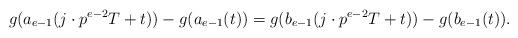
LaTeX: \begin{align*}g(a_{e-1}(j\cdot p^{e-2}T+t))-g(a_{e-1}(t))=g(b_{e-1}(j\cdot p^{e-2}T+t))-g(b_{e-1}(t)).\end{align*}